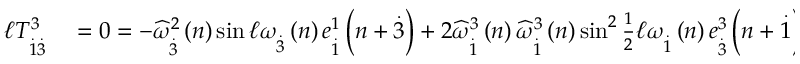
\begin{array} { r l } { \mathcal { \ell } T _ { \overset { . } { 1 } \overset { . } { 3 } } ^ { 3 } } & { { } = 0 = - \widehat { \omega } _ { \overset { . } { 3 } } ^ { 2 } \left( n \right) \sin \mathcal { \ell } \omega _ { \overset { . } { 3 } } \left( n \right) e _ { \overset { . } { 1 } } ^ { 1 } \left( n + \overset { . } { 3 } \right) + 2 \widehat { \omega } _ { \overset { . } { 1 } } ^ { 3 } \left( n \right) \widehat { \omega } _ { \overset { . } { 1 } } ^ { 3 } \left( n \right) \sin ^ { 2 } \frac { 1 } { 2 } \mathcal { \ell } \omega _ { \overset { . } { 1 } } \left( n \right) e _ { \overset { . } { 3 } } ^ { 3 } \left( n + \overset { . } { 1 } \right) } \end{array}